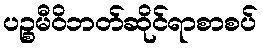
ပဉ္စမီဝိဘတ်ဆိုင်ရာစာစပ်